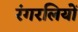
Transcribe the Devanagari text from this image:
रंगरलियों